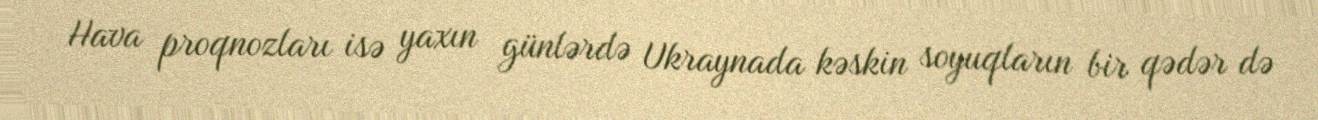
Hava proqnozları isə yaxın günlərdə Ukraynada kəskin soyuqların bir qədər də